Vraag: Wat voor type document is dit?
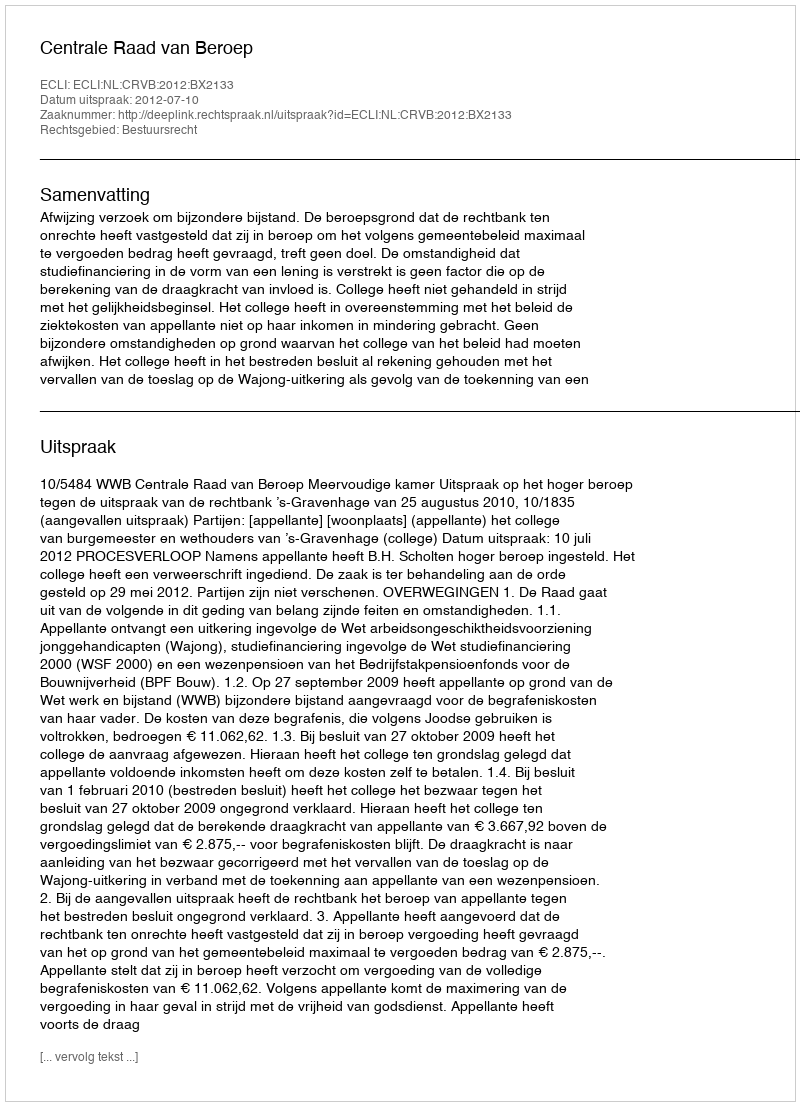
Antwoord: Uitspraak